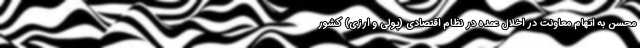
محسن به اتهام معاونت در اخلال عمده در نظام اقتصادی (پولی و ارزی) کشور